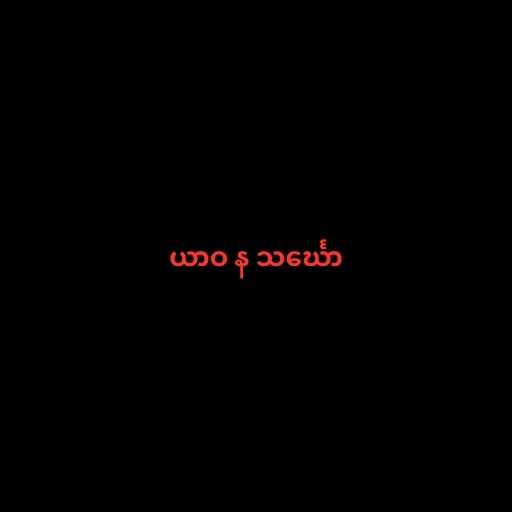
ယာဝ န သင်္ဃော